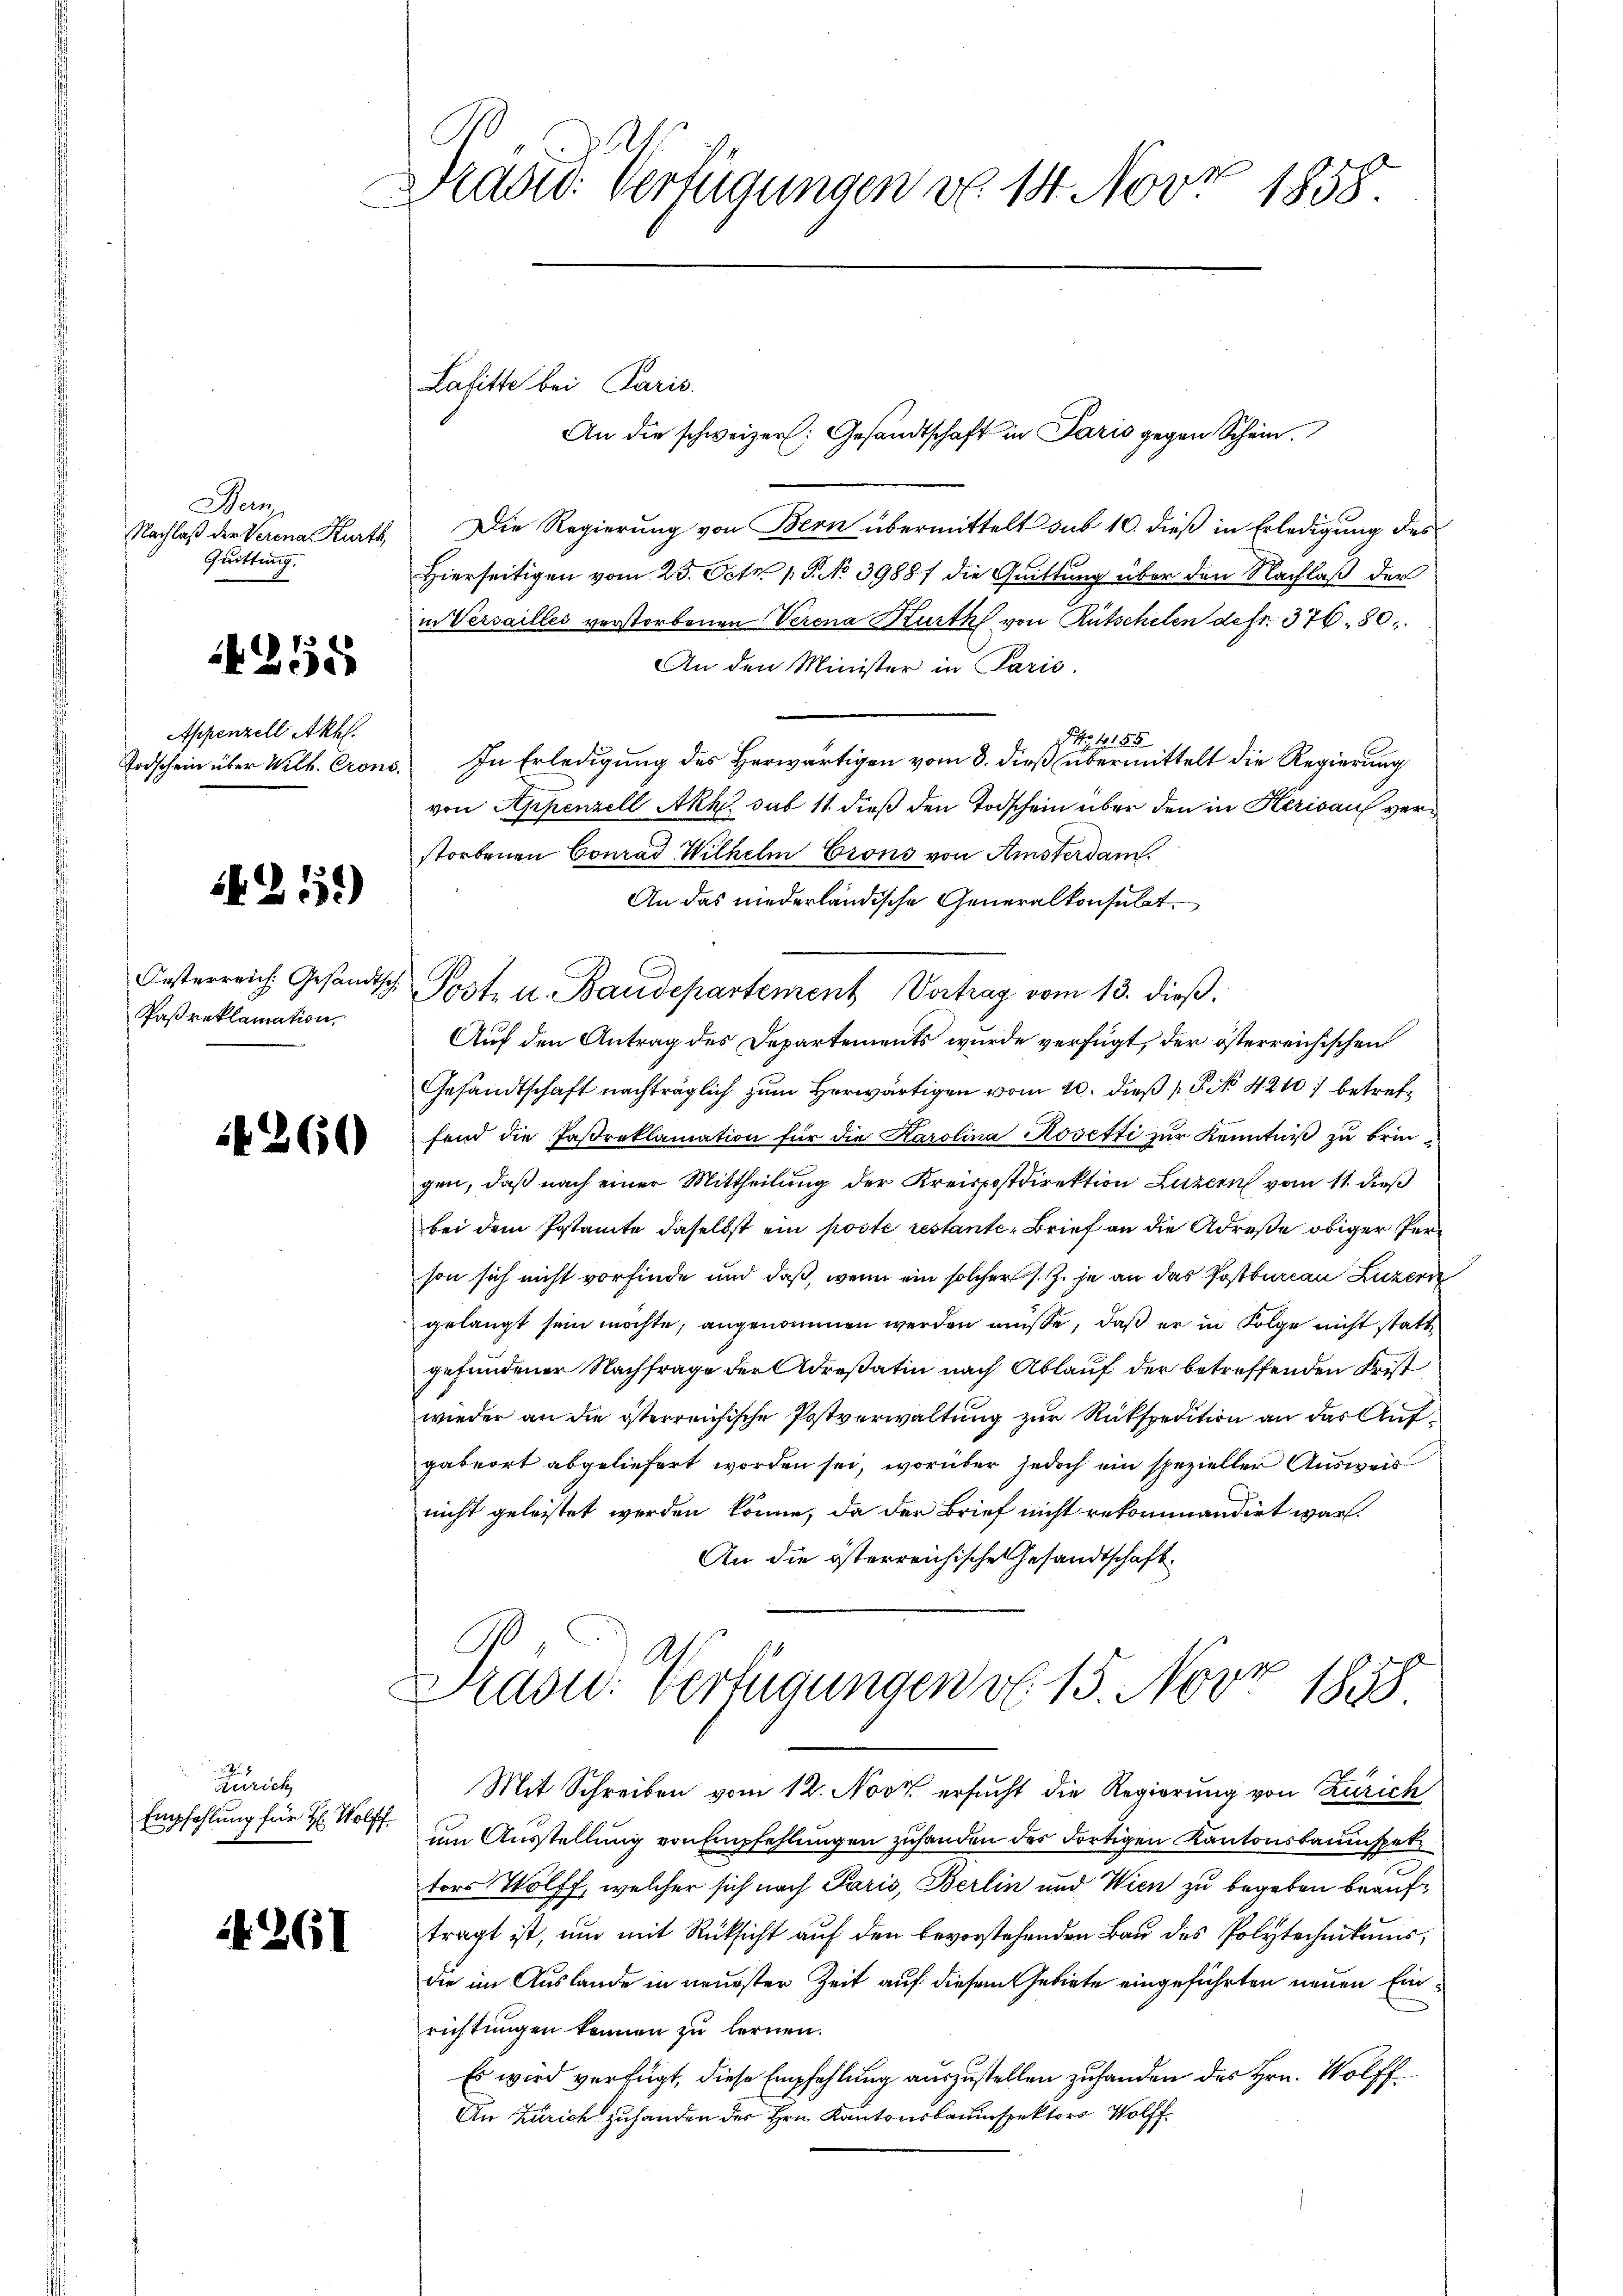
Wein
Quittung.

255

Appenzell Akh.

1251)

Paß reklamation,

4260

Zürich
Empfehlung für H: Wolff.

4261

Dradid: Verfügungen von 14. Nov. 1858

Lasitte bei Paris.

Nachlaß der Verena Kurth Die Regierung von Bern übermittelt sub 10. dieß in Erledigung des
Hierseitigen vom 25. Oct. 1 P. NNo. 39887 die Quittung über den Nachlaß der
in Versailles verstorbenen Verena Kurth von Rutschelen defr. 376. 80.
An den Minister in Paris.
 No 1155
Todschein über Wilh. Crono. In Erledigung des Herwärtigen vom 8. dieß übermittelt die Regierung
von Appenzell Akk. sub 11 dieß den Todschein über den in Herisau verstorbenen Conrad Wilhelm Crons von Amsterdam.
An das niederländische Generalkonsulat
Auf den Antrag des Departements wurde verfügt, der österreichischen
Gesandtschaft nachträglich zum Herwärtigen vom 10. dieß P. No 4240 betreffend die Faßreklamation für die Karolina Rosetti zur Kenntniß zu bringen, daß nach einer Mittheilung der Kreispostdirektion Luzern vom 11. dieß
bei dem Postamte daselbst ein poste restante-Brief an die Adrese obiger Person sich nicht vorfinde und daß, wenn ein solcher s. Z. je an das Postbureau Luzern
gelangt sein möchte, angenommen werden müsse, daß er in Folge nicht stattgefundener Nachfrage der Adreßatin nach Ablauf der betreffenden Frist
wieder an die österreichische Postverwaltung zur Rükspedition an das Aufgabeort abgeliefert worden sei, worüber jedoch ein spezieller Ausweis
nicht geleistet werden könne, da der Brief nicht rekommandirt war.
An die österreichische Gesandtschaft.

An die schweizer, Gesandtschaft in Paris gegen Schein.

A
Drasu: Verfügungen v. 15. Nov. 1858.

Mit Schreiben vom 12. Novz ersucht die Regierung von Zürich
um Ausstellung von Empfehlungen zuhanden des dortigen Kantonsbaumsetz
tors Wolff, welcher sich nach Paris, Berlin und Wien zu begeben beauftragt ist, um mit Rücksicht auf den bevorstehenden Bau des Polytechnikums,
die im Auslande in neuester Zeit auf diesem Gebiete eingeführten neuen Einrichtungen können zu lernen.
Es wird verfügt, diese Empfehlung auszustellen zuhanden des Hrn. Wolff¬
An Zürich zu handen der Hrn. Kantonsbauinspektors Wolff.

Oesterreich Gesandtsch Post- u. Baudepartement Vortrag vom 13. dieβ.